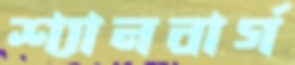
শ্যানবার্গ